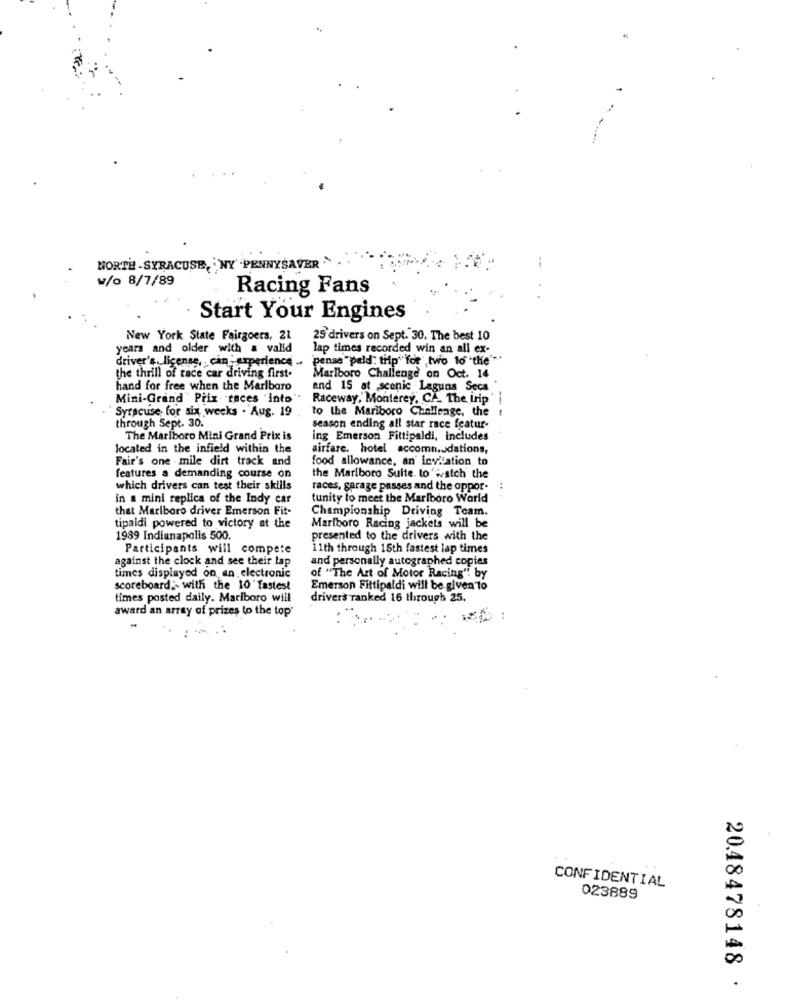
-
NORTH -SYRACUSE, NY' .PENNYSAVER .
w/o 8/7/89
Racing Fans
Start Your Engines
New York State Fairgoers, 21
25 drivers on Sept. 30. The best 10
years and older with a valid
lap times recorded win an all ex-
driver's license ,. can experience .
"pense "pald" tilp" for two 10 the' **
the thrill of race car driving first.
Marlboro Challenge on Oct. 14
hand for free when the Marlboro
and 15 at scenic Laguna Seca
Mini-Grand Prix races into"
Raceway, Monterey. CA_ The trip"
Syracuse for six weeks . Aug. 19
to the Mariboro Challenge, the
through Sept. 30.
season ending all star race featur-
The Marlboro Mini Grand Prix is
ing Emerson Fittipaldi, includes
located in the infield within the
airfare, hotel accommodations,
Fair's one mile dirt track and
food allowance, an invitation to
features a demanding course on
the Mariboro Suite. to watch the
which drivers can test their skills
races, garage passes and the oppor-
..
in a mini replica of the Indy car
tunity to meet the Marlboro World
that Marlboro driver Emerson Fit-
Championship Driving Team.
tipaldi powered to victory at the
Marlboro Racing jackets will be
1989 Indianapolis 500.
presented to the drivers with the
Participants will compete
11th through 15th fastest lap times
against the clock and see their lap
and personally autographed copies
times displayed on an electronic
of "The Art of Motor Racing" by
scoreboard. with the 10 fastest
Emerson Fittipaldi will be given to
times posted daily. Mariboro will
drivers Tanked 16 through 25.
award an array of prizes to the top'
CONFIDENTIAL
023889
20.48478148 .